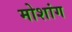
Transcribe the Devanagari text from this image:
मोशांग